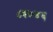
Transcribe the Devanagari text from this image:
८३७४६